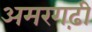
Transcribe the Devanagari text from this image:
अमरगढ़ी